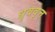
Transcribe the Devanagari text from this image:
धृववृत्त